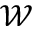
\mathcal { W }